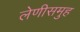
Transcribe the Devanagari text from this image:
लेणीसमुह